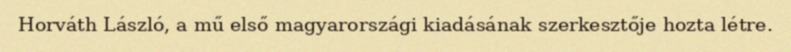
Horváth László, a mű első magyarországi kiadásának szerkesztője hozta létre.